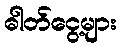
ဓါတ်ငွေ့များ